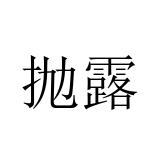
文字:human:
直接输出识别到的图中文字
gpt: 抛露